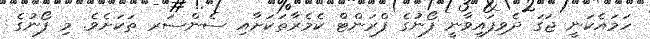
ހަމައެކަނީ ޖަގަ ދެވިފައިވާނީ ފޯނުގެ ފްރަންޓް ކެމެރާތަކަށާއި ސެންސަރ ތަކަށެވެ. މި ފޯނުގެ